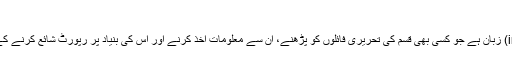
پرل کا بیانیہ مسودہترميم
پرل ایک ترجمہ شدہ (interpreted) زبان ہے جو کسی بھی قسم کی تحریری فائلوں کو پڑھنے، ان سے معلومات اخذ کرنے اور اس کی بنیاد پر رپورٹ شائع کرنے کے لیے خاص طور پر بنائی گئی ہے۔